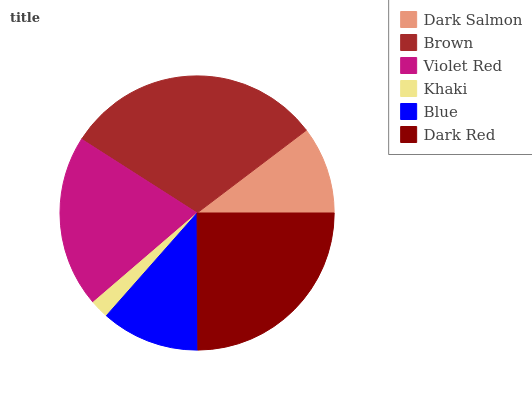
| Dark Salmon | Brown | Violet Red | Khaki | Blue | Dark Red |
 | --- | --- | --- | --- | --- | --- |
 | 10.3% | 30.5% | 20.4% | 2.2% | 11.6% | 25% |